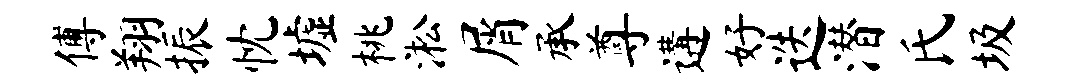
傅翔振忱墟桃淞屑承尊遘好迭潜氏圾